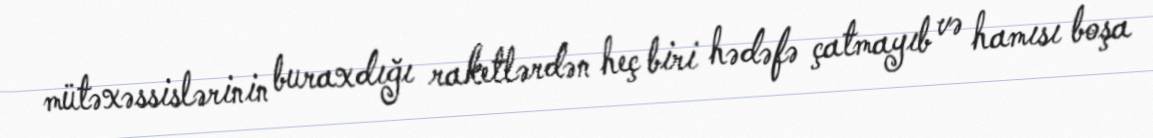
mütəxəssislərinin buraxdığı raketlərdən heç biri hədəfə çatmayıb və hamısı boşa